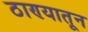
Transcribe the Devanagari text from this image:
ठाण्यातून